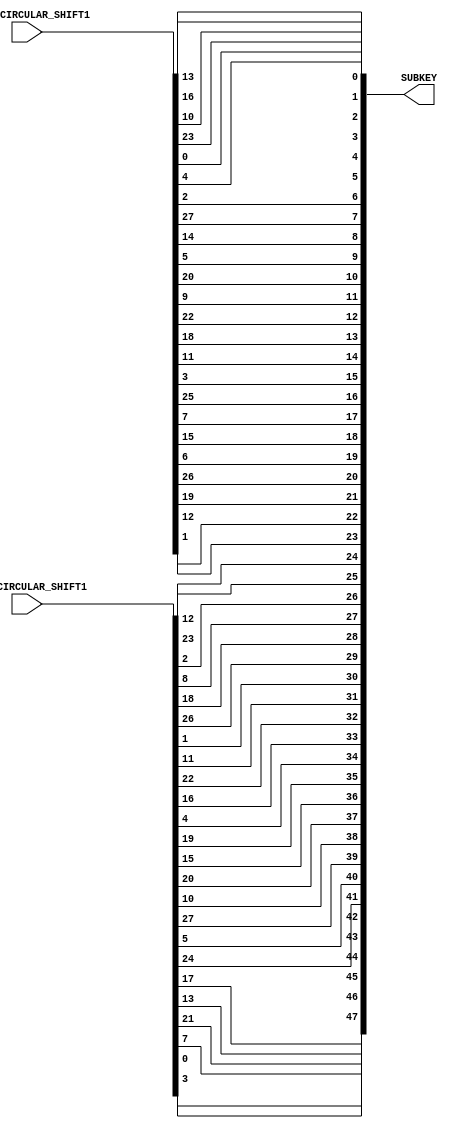
`timescale 1ns / 1ps
//////////////////////////////////////////////////////////////////////////////////
// Alveera Gill 
// Module:    Des_Top 
// Project:   Data Encryption Standard Implementation using Verilog
//////////////////////////////////////////////////////////////////////////////////
module Permuted_Choice2 (LEFT_CIRCULAR_SHIFT1, RIGHT_CIRCULAR_SHIFT1, SUBKEY);
input [28:1]LEFT_CIRCULAR_SHIFT1;
input [28:1]RIGHT_CIRCULAR_SHIFT1;
output [48:1]SUBKEY;
wire [28:1]LEFT_CIRCULAR_SHIFT1;
wire [28:1]RIGHT_CIRCULAR_SHIFT1;
reg [48:1]SUBKEY;
//wire [28:1]LEFT_CIRCULAR_SHIFT1;
//wire [28:1]LEFT_CIRCULAR_SHIFT2;
wire [56:1]PERMUTATION2_INPUT;

assign PERMUTATION2_INPUT = {LEFT_CIRCULAR_SHIFT1,RIGHT_CIRCULAR_SHIFT1};

always @(PERMUTATION2_INPUT)
begin
SUBKEY[1]  <= PERMUTATION2_INPUT[14];
SUBKEY[2]  <= PERMUTATION2_INPUT[17];
SUBKEY[3]  <= PERMUTATION2_INPUT[11];
SUBKEY[4]  <= PERMUTATION2_INPUT[24];
SUBKEY[5]  <= PERMUTATION2_INPUT[1];
SUBKEY[6]  <= PERMUTATION2_INPUT[5];
SUBKEY[7]  <= PERMUTATION2_INPUT[3];
SUBKEY[8]  <= PERMUTATION2_INPUT[28];
SUBKEY[9]  <= PERMUTATION2_INPUT[15];
SUBKEY[10] <= PERMUTATION2_INPUT[6];
SUBKEY[11] <= PERMUTATION2_INPUT[21];
SUBKEY[12] <= PERMUTATION2_INPUT[10];
SUBKEY[13] <= PERMUTATION2_INPUT[23];
SUBKEY[14] <= PERMUTATION2_INPUT[19];
SUBKEY[15] <= PERMUTATION2_INPUT[12];
SUBKEY[16] <= PERMUTATION2_INPUT[4];
SUBKEY[17] <= PERMUTATION2_INPUT[26];
SUBKEY[18] <= PERMUTATION2_INPUT[8];
SUBKEY[19] <= PERMUTATION2_INPUT[16];
SUBKEY[20] <= PERMUTATION2_INPUT[7];
SUBKEY[21] <= PERMUTATION2_INPUT[27];
SUBKEY[22] <= PERMUTATION2_INPUT[20];
SUBKEY[23] <= PERMUTATION2_INPUT[13];
SUBKEY[24] <= PERMUTATION2_INPUT[2];
SUBKEY[25] <= PERMUTATION2_INPUT[41];
SUBKEY[26] <= PERMUTATION2_INPUT[52];
SUBKEY[27] <= PERMUTATION2_INPUT[31];
SUBKEY[28] <= PERMUTATION2_INPUT[37];
SUBKEY[29] <= PERMUTATION2_INPUT[47];
SUBKEY[30] <= PERMUTATION2_INPUT[55];
SUBKEY[31] <= PERMUTATION2_INPUT[30];
SUBKEY[32] <= PERMUTATION2_INPUT[40];
SUBKEY[33] <= PERMUTATION2_INPUT[51];
SUBKEY[34] <= PERMUTATION2_INPUT[45];
SUBKEY[35] <= PERMUTATION2_INPUT[33];
SUBKEY[36] <= PERMUTATION2_INPUT[48];
SUBKEY[37] <= PERMUTATION2_INPUT[44];
SUBKEY[38] <= PERMUTATION2_INPUT[49];
SUBKEY[39] <= PERMUTATION2_INPUT[39];
SUBKEY[40] <= PERMUTATION2_INPUT[56];
SUBKEY[41] <= PERMUTATION2_INPUT[34];
SUBKEY[42] <= PERMUTATION2_INPUT[53];
SUBKEY[43] <= PERMUTATION2_INPUT[46];
SUBKEY[44] <= PERMUTATION2_INPUT[42];
SUBKEY[45] <= PERMUTATION2_INPUT[50];
SUBKEY[46] <= PERMUTATION2_INPUT[36];
SUBKEY[47] <= PERMUTATION2_INPUT[29];
SUBKEY[48] <= PERMUTATION2_INPUT[32];
end
endmodule